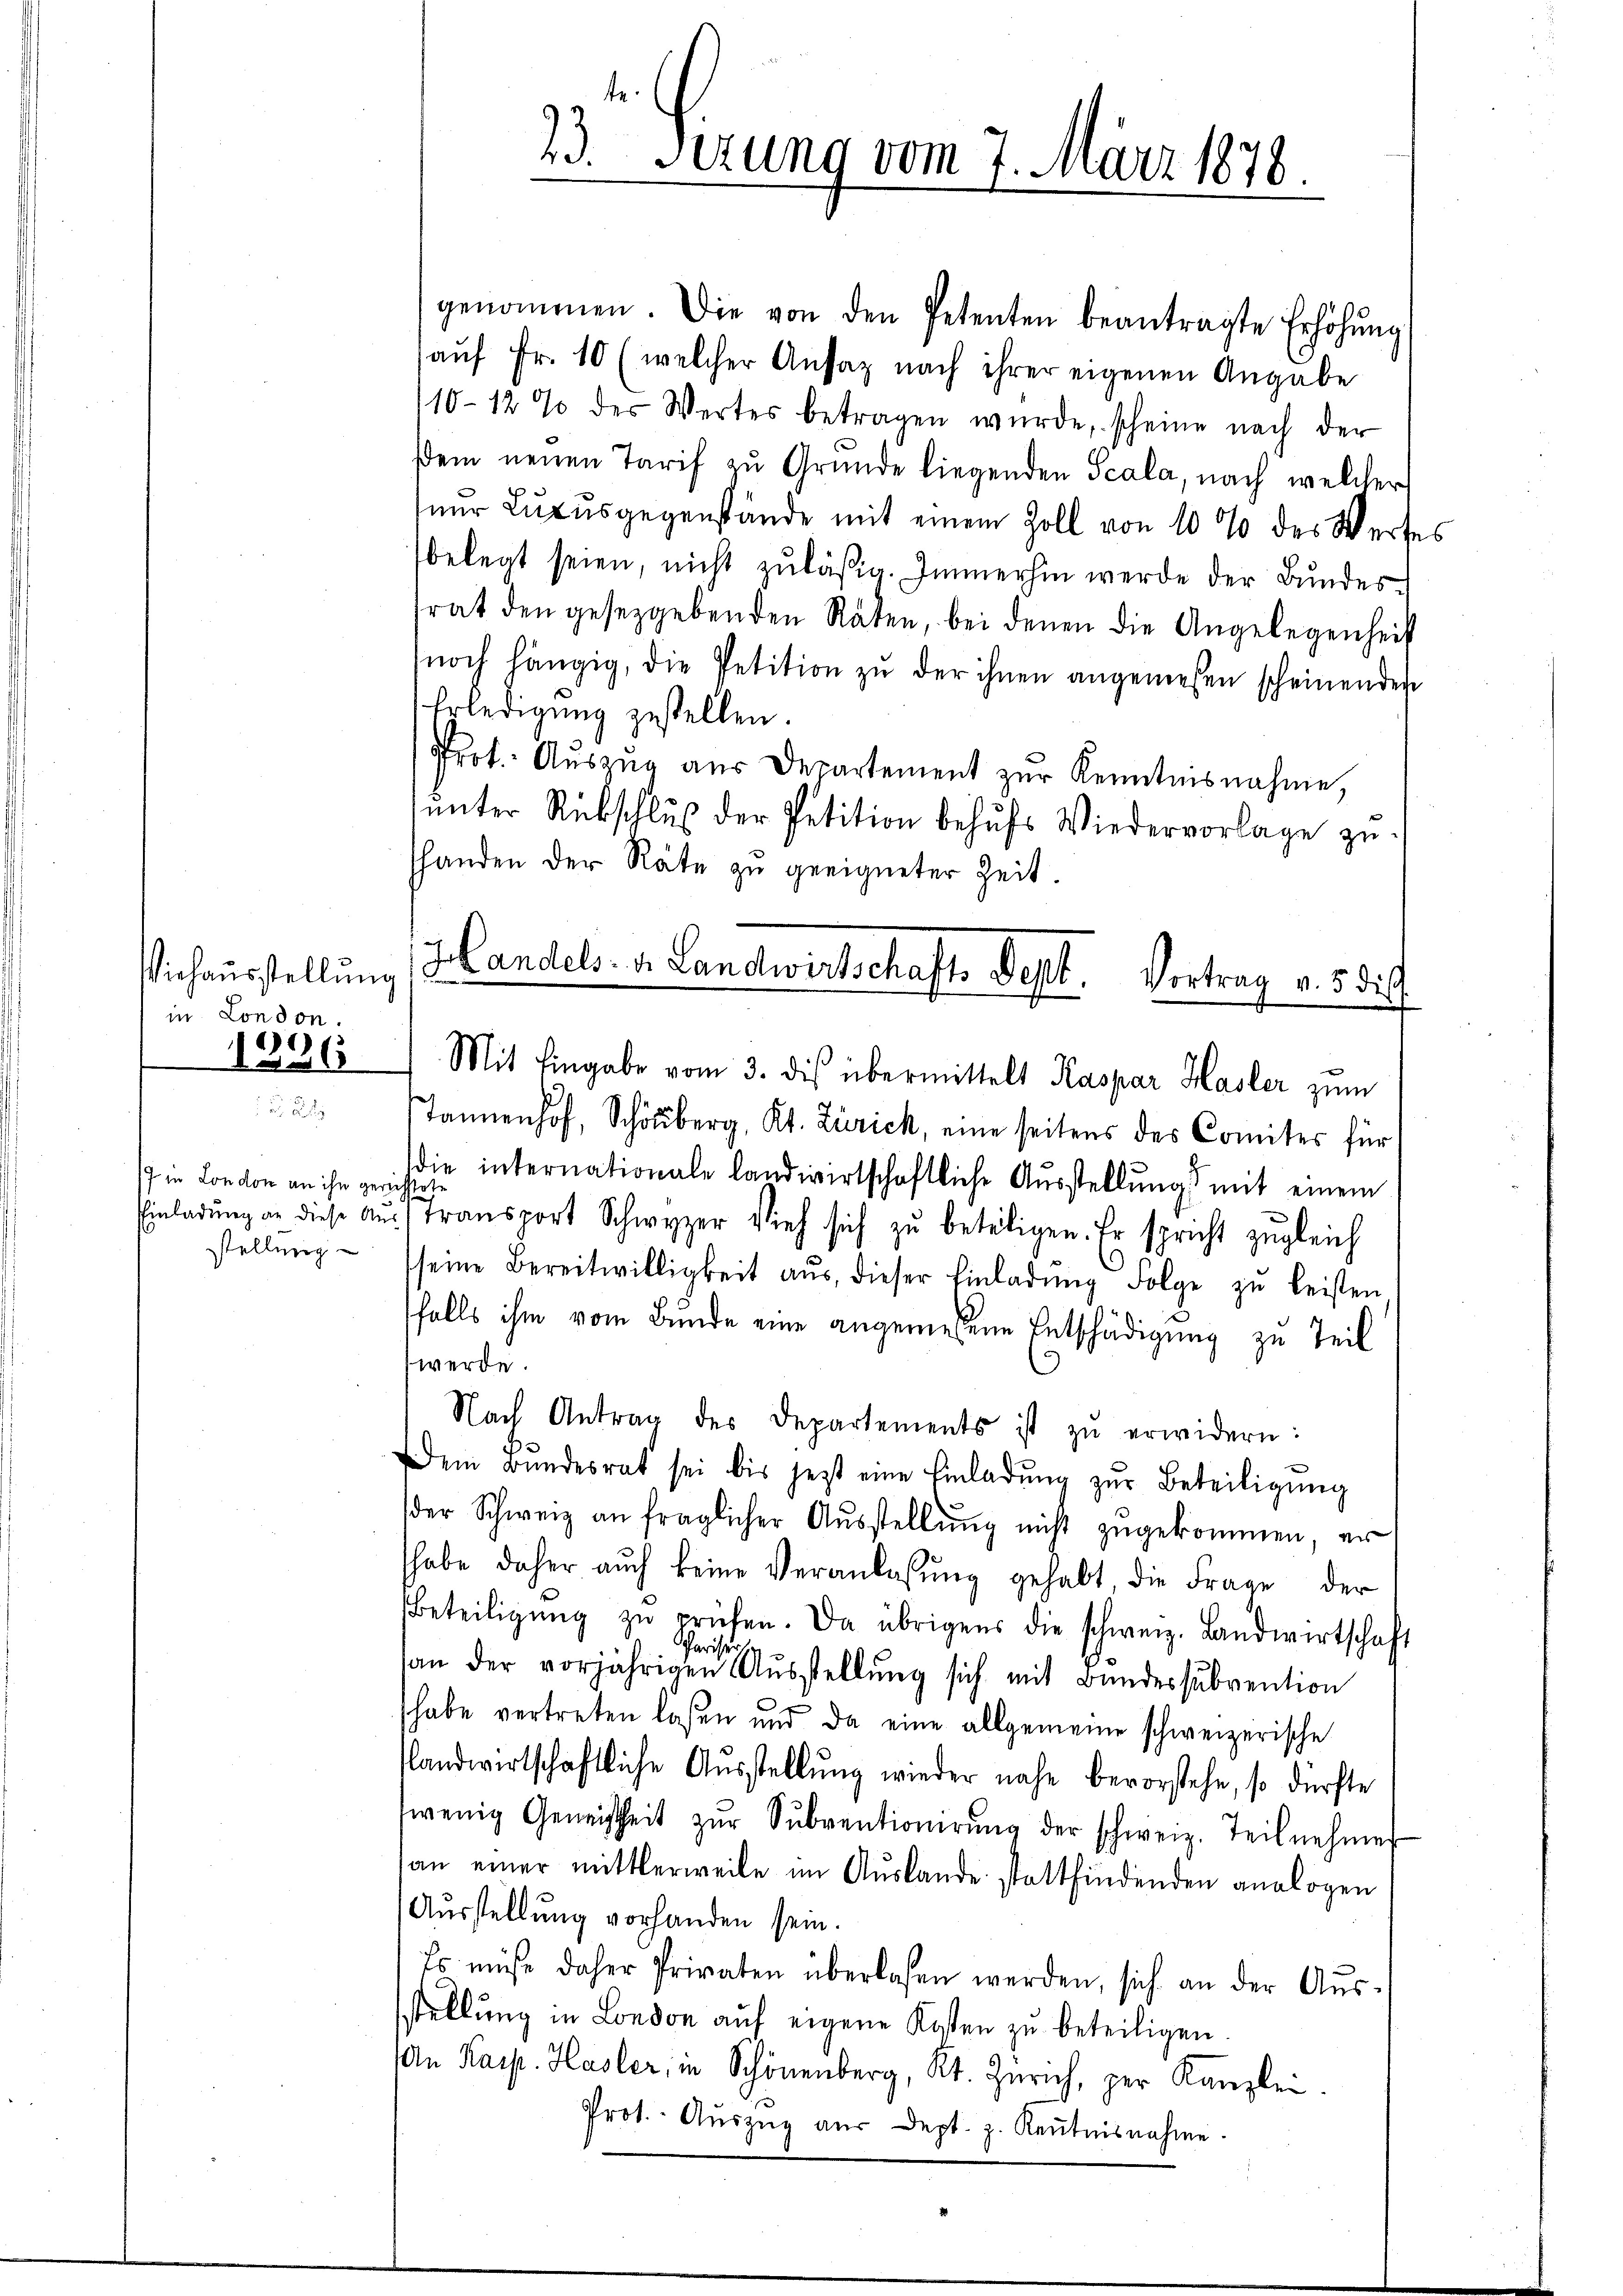
Viehausstellun
in London.
1296

7 in London an ihn gerichtete
stellung

genommen. Die von den Petenten beantragte Erhöhŭng
aŭf Fr. 10 (welcher Ansatz nach ihrer eigenen Angabe
110-12 % der Wertes betragen wŭrde, scheine nach der
dem neuen Tarif zu Gründe liegenden Scala, nach welcher
(nur Luxusgegenstände mit einem Zoll von 10 % des Wertes
belegt seien, nicht zuläßig. Immerhin werde der Bundesrat den gesezgebenden Räten, bei denen die Angelegenheit
noch hängig, die Petition zŭ der ihnen angemessen scheinenden
Erledigung gestellen.
Prot. Auszug aus Departement zur Kenntnisnahme,
ŭnter Rückschluß der Petition behufs Wiedervorlage zushanden der Räte zu geeigneter Zeit.

te
23. Sezung vom 7. März 1878.

Handels. v. Landwirtschafts Sept. Vortrag v. 5. di
h
Mit Eingabe vom 3. dis übermittelt Kaspar Hasler zum

Jannenhof, Schönberg, Kt. Zürich, eine seitens des Comites für
die internationale landwirtschaftliche Aŭsstellŭng mit einem
Einladŭng an diese Aŭsstransport Schwyzer Vieh sich zŭ beteiligen. Er spricht zugleich
seine Bereitwilligkeit aŭs, dieser Einladŭng Folge zŭ leisten.
falls ihm vom Bunde eine angemessene Entschädigung zu Teil
werde.
Nach Antrag des Departements ist zŭ erwidern:
Dem Bŭndesrat sei bis jetzt eine Einladŭng zŭr Beteiligŭng
der Schweiz an fraglicher Aŭsstellŭng nicht zŭgekommen, er
habe daher aŭch keine Veranlassŭng gehabt, die Frage der
Beteiligŭng zŭ prüfen. Da übrigens die schweiz. Landwirtschaft
Pariser
an der vorjährigen Aŭsstellung sich mit Bundessubvention
habe vertreten lassen und da eine allgemeine schweizerische
slandwirtschaftliche Aŭsstellŭng wieder nahe bevorstehe, so dürfte
wenig Geneistheit zŭr Sŭbventionirŭng der schweiz. Teilnehmer
an einer mittlerweile im Aŭslande stattfindenden analogen
Ausstellung vorhanden sein.
Es müße daher Privaten überlassen werden, sich an der Aŭs-
sstellung in London auf eigene Kosten zu beteiligen
An Kais. Hasler, in Schönenberg, Kt. Zürich, per Kanzlei.
Prot. Aŭszŭg aŭs dept. z. Keṅtnisnahme.